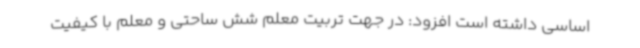
اساسی داشته است افزود: در جهت تربیت معلم شش ساحتی و معلم با کیفیت